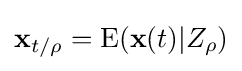
\mathbf {x} _{t/\rho }=\mathrm {E} (\mathbf {x} (t)|Z_{\rho })